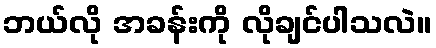
ဘယ်လို အခန်းကို လိုချင်ပါသလဲ။